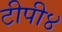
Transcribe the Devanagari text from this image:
टीपी४